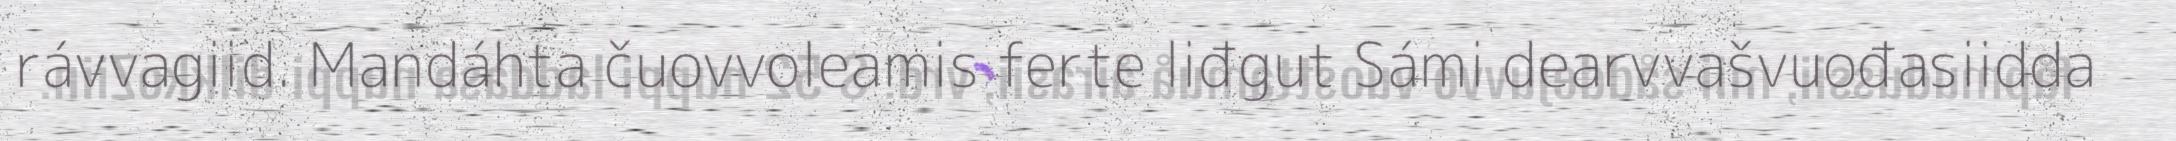
rávvagiid. Mandáhta čuovvoleamis ferte liđgut Sámi dearvvašvuođasiidda